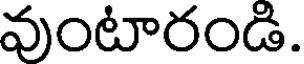
వుంటారండి.